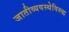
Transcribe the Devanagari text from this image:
जातीव्यवस्थेविरुद्ध